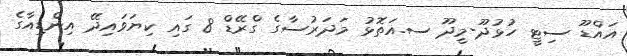
އައްޑޫ ސިޓީ ހުޅުދޫ-މީދޫ ސ.އަތޮޅު މަދަރުސާގެ ގްރޭޑް 8 ގައި ކިޔަވައިދޭ އިންޑިއާގެ